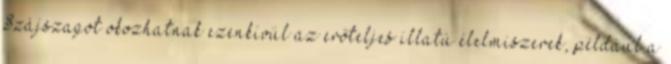
Szájszagot okozhatnak ezenkívül az erőteljes illatú élelmiszerek, például a